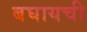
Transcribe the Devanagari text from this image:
बघायची